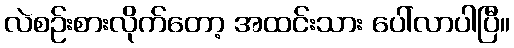
လဲစဉ်းစားလိုက်တော့ အထင်းသား ပေါ်လာပါပြီ။